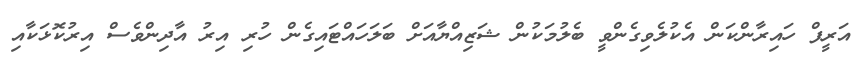
އަރީފް ހައިރާންކަން އެކުލެވިގެންވީ ބެލުމަކުން ޝަޒިއްޔާއަށް ބަލަހައްޓައިގެން ހުރި އިރު އާދިންވެސް އިރުކޮޅަކާއި